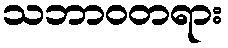
သဘာဝတရား